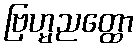
ဗြဟ္မညတ္ထော